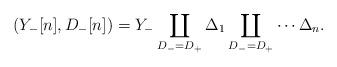
LaTeX: \begin{align*}(Y_-[n], D_-[n])=Y_-\coprod_{D_- =D_+} \Delta_1 \coprod_{D_- =D_+} \cdots \Delta_n.\end{align*}